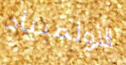
الأولمبياد